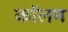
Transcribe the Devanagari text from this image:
काॅलम